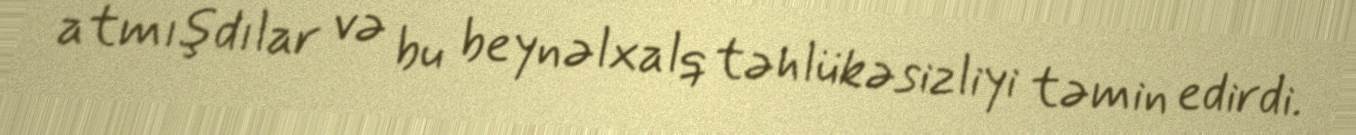
atmışdılar və bu beynəlxalq təhlükəsizliyi təmin edirdi.